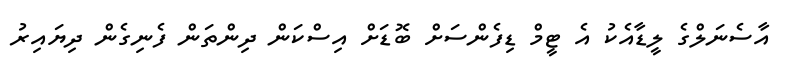
އާސެނަލްގެ ލީޑާއެކު އެ ޓީމް ޑިފެންސަށް ބޮޑަށް އިސްކަން ދިންތަން ފެނިގެން ދިޔައިރު